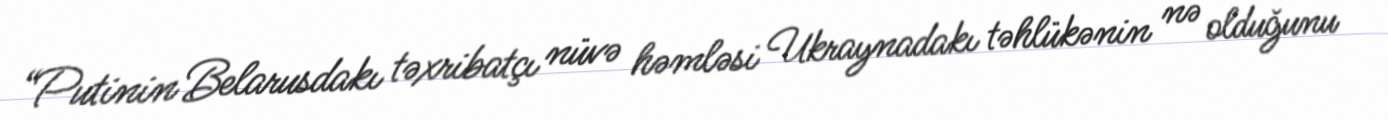
“Putinin Belarusdakı təxribatçı nüvə həmləsi Ukraynadakı təhlükənin nə olduğunu